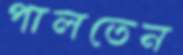
পালতেন